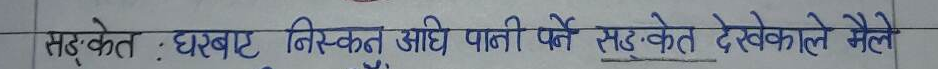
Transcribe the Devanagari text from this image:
सङ्केत : घरबाट निस्कनु अघि पानी पिउने सङ्केत देखेकोले मैले